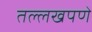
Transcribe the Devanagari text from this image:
तल्लखपणे